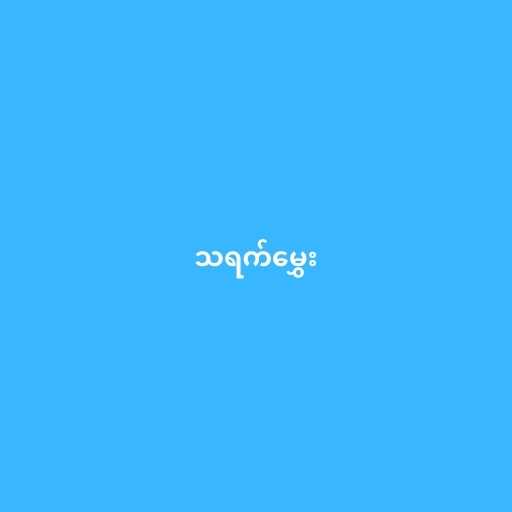
သရက်မွှေး